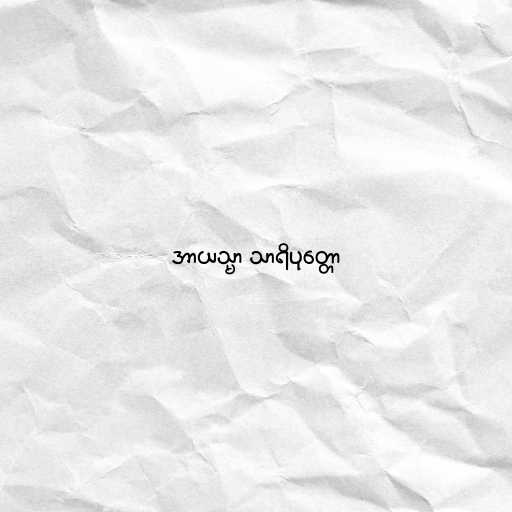
အာယသ္မာ သာရိပုတ္တော